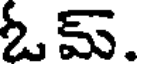
ఓమ్.